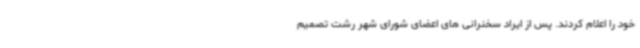
خود را اعلام کردند. پس از ایراد سخنرانی های اعضای شورای شهر رشت تصمیم